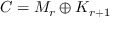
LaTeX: C = M _ { r } \oplus K _ { r + 1 }